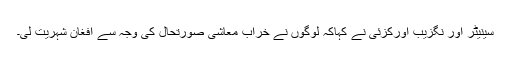
سینیٹر اور نگزیب اورکزئی نے کہاکہ لوگوں نے خراب معاشی صورتحال کی وجہ سے افغان شہریت لی۔